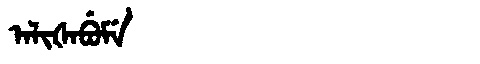
Manchu: ᠠᠯᡳᡧᠠᠪᡠᠮᡝ
Romanization: ALIŠABUME